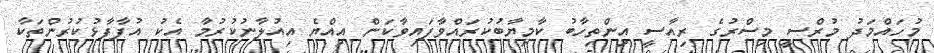
މުހައްމަދު މުރްސީ މިސްރުގެ ރިއާސީ އިންތިހާބު ކާމިޔާބުކުރައްވާފައިވާކަން އިއްޔެ އިއުލާނުކުރުމާ އެކު އުފާފާޅުކުރުންތަކާ